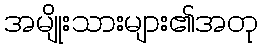
အမျိုးသားများ၏အတု